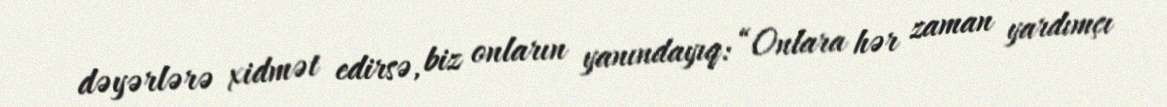
dəyərlərə xidmət edirsə, biz onların yanındayıq: “Onlara hər zaman yardımçı